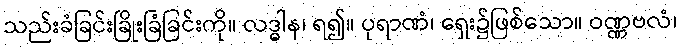
သည်းခံခြင်းခြိုးခြံခြင်းကို။ လဒ္ဓါန၊ ရ၍။ ပုရာဏံ၊ ရှေး၌ဖြစ်သော။ ဝဏ္ဏဗလံ၊